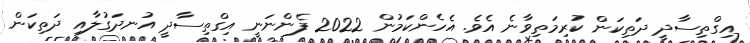
އިގްތިސާދީ ދަތިކަން ކުރިމަތިވާނެ އެވެ. އެހެންކަމުން 2022 ފެންނަނީ އިގްތިސާދީ އުނދަގުލާއި ދަތިކަން